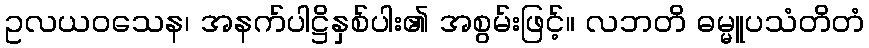
ဥလယဝသေန၊ အနက်ပါဋ္ဌိနှစ်ပါး၏ အစွမ်းဖြင့်။ လဘတိ ဓမ္မူပသံတိတံ